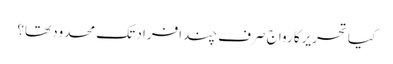
کیا تحریرکا رواج صرف چندافراد تک محدود تھا؟